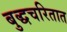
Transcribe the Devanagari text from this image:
बुद्धचरितात